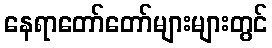
နေရာတော်တော်များများတွင်